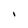
Character: I